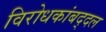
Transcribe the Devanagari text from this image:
विरोधकांबद्दल